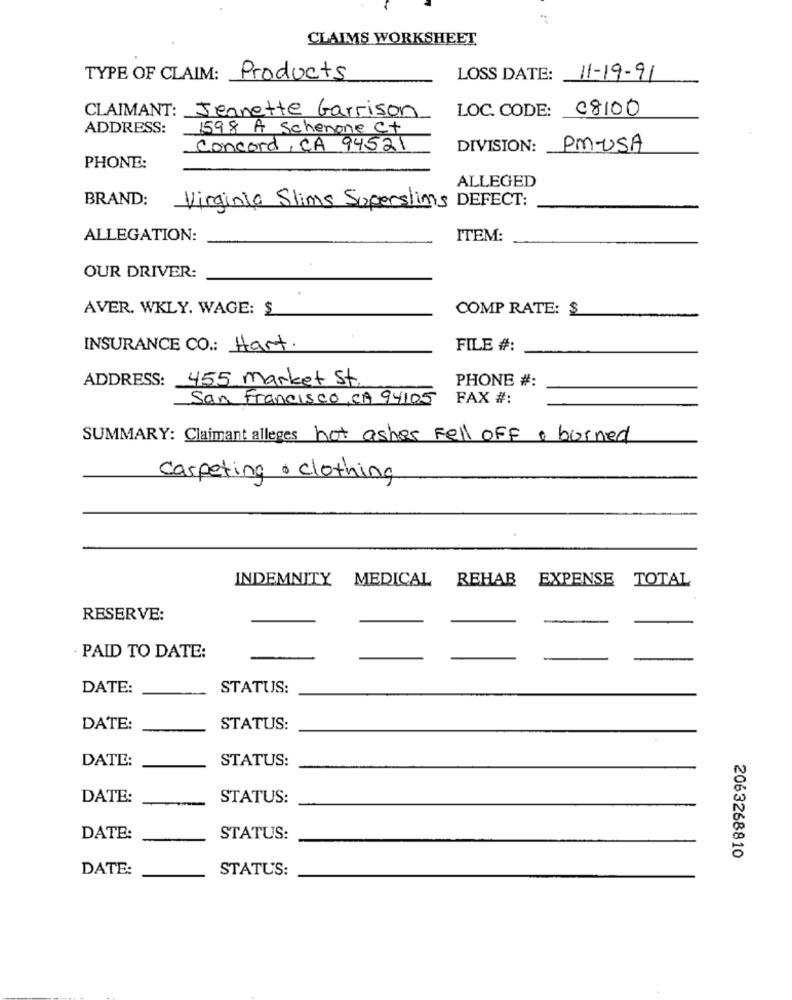
CLAIMS WORKSHEET
TYPE OF CLAIM: Products
LOSS DATE: 11-19-91
LOC. CODE:
08100
CLAIMANT: Jeanette Garrison
ADDRESS:
1598 A Schenone Ct
Concord, CA 94521
DIVISION:
PM-USA
PHONE:
ALLEGED
BRAND:
Virginia Slims Superslims DEFECT:
ALLEGATION:
ITEM:
OUR DRIVER:
AVER. WKLY. WAGE: $
COMP RATE: $
INSURANCE CO .: Hart.
FILE #:
ADDRESS: 455 market St.
PHONE #:
San Francisco, CA 94105
FAX #:
SUMMARY: Claimant alleges hot ashes Fell off , burned
carpeting . clothing
INDEMNITY MEDICAL REHAB
EXPENSE TOTAL
RESERVE:
PAID TO DATE:
DATE:
STATUS:
DATE:
STATUS:
DATE:
STATUS:
DATE:
STATUS:
-
DATE:
STATUS:
2063268810
DATE:
STATUS: